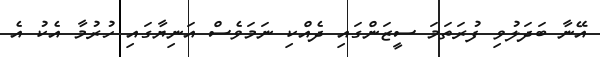
އޭނާ ބަދަލުވި ފުރަތަމަ ސީޒަންގައި ދެއްކި ނަމަވެސް އަނިޔާގައި ހުރުމާ އެކު އެ